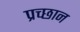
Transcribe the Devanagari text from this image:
प्रच्छान